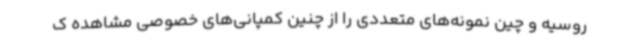
روسیه و چین نمونه‌های متعددی را از چنین کمپانی‌های خصوصی مشاهده ک